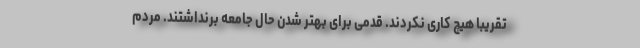
تقریبا هیچ کاری نکردند. قدمی برای بهتر شدن حال جامعه برنداشتند. مردم